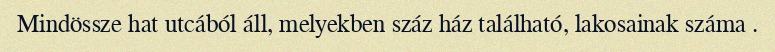
Mindössze hat utcából áll, melyekben száz ház található, lakosainak száma .